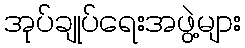
အုပ်ချုပ်ရေးအဖွဲ့များ